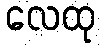
လေထု